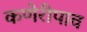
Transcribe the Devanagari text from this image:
कणेरीपाव